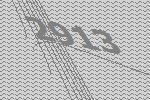
2913